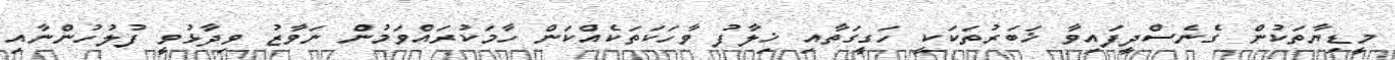
މީޑިޔާތަކުން ގެނެސްދީފައިވާ ޚަބަރުތަކަކީ ހަގީގަތާއި ޚިލާފު ވާހަކަތަކެއްކަން ހާމަކުރައްވަމުން ނަވާޒު ވިދާޅުވީ ފުލުހުންނާއި